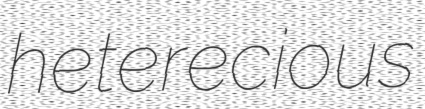
heterecious